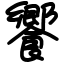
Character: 饗